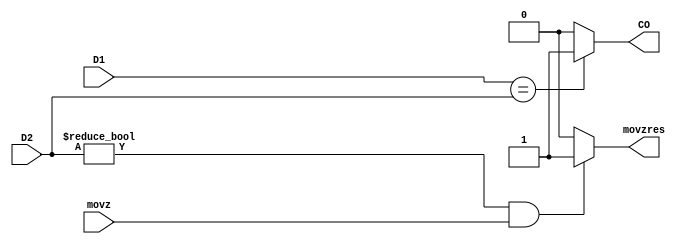
`timescale 1ns / 1ps
//////////////////////////////////////////////////////////////////////////////////
// Company: 
// Engineer: 
// 
// Design Name: 
// Module Name:    cmp 
// Project Name: 
// Target Devices: 
// Tool versions: 
// Description: 
//
// Dependencies: 
//
// Revision: 
// Revision 0.01 - File Created
// Additional Comments: 
//
//////////////////////////////////////////////////////////////////////////////////
module cmp(
	input [31:0] D1,
	input [31:0] D2,
	input movz,
	output movzres,
	output CO
    );
	assign CO = (D1 == D2) ? 1 : 0;
	/*movzres1nop*/
	assign movzres = (D2 != 0 && movz == 1) ? 1 : 0;

endmodule